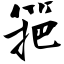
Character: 筢